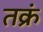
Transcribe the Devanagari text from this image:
तक्रं